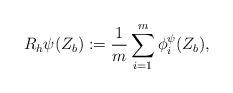
LaTeX: \begin{align*}R_{h}\psi(Z_b):=\frac{1}{m}\sum\limits_{i=1}^m \phi_i^\psi(Z_b),\end{align*}